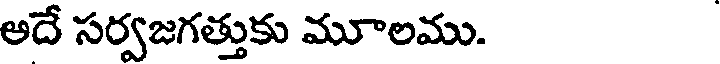
అదే సర్వజగత్తుకు మూలము.